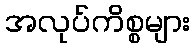
အလုပ်ကိစ္စများ